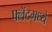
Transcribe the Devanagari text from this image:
फ्लॅटमध्ये